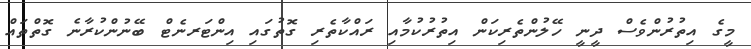
މީގެ އިތުރުންވެސް ދީނީ ހޭލުންތެރިކަން އިތުރުކުމާއި ރައްކާތެރި ގޮތުގައި އިންޓަރނެޓް ބޭނުންކުރާނެ ގޮތްތައް